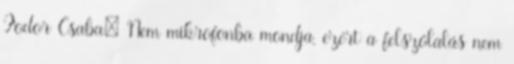
Fodor Csaba: Nem mikrofonba mondja, ezért a felszólalás nem